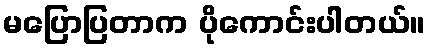
မပြောပြတာက ပိုကောင်းပါတယ်။